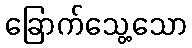
ခြောက်သွေ့သော